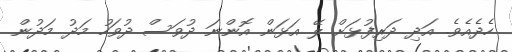
ހެދެއެވެ. އަދި ދަރިފުޅަށް ލޭ އަޅަން އޮންނަ ދުވަސް ދުވަހު މަދު މަދުން